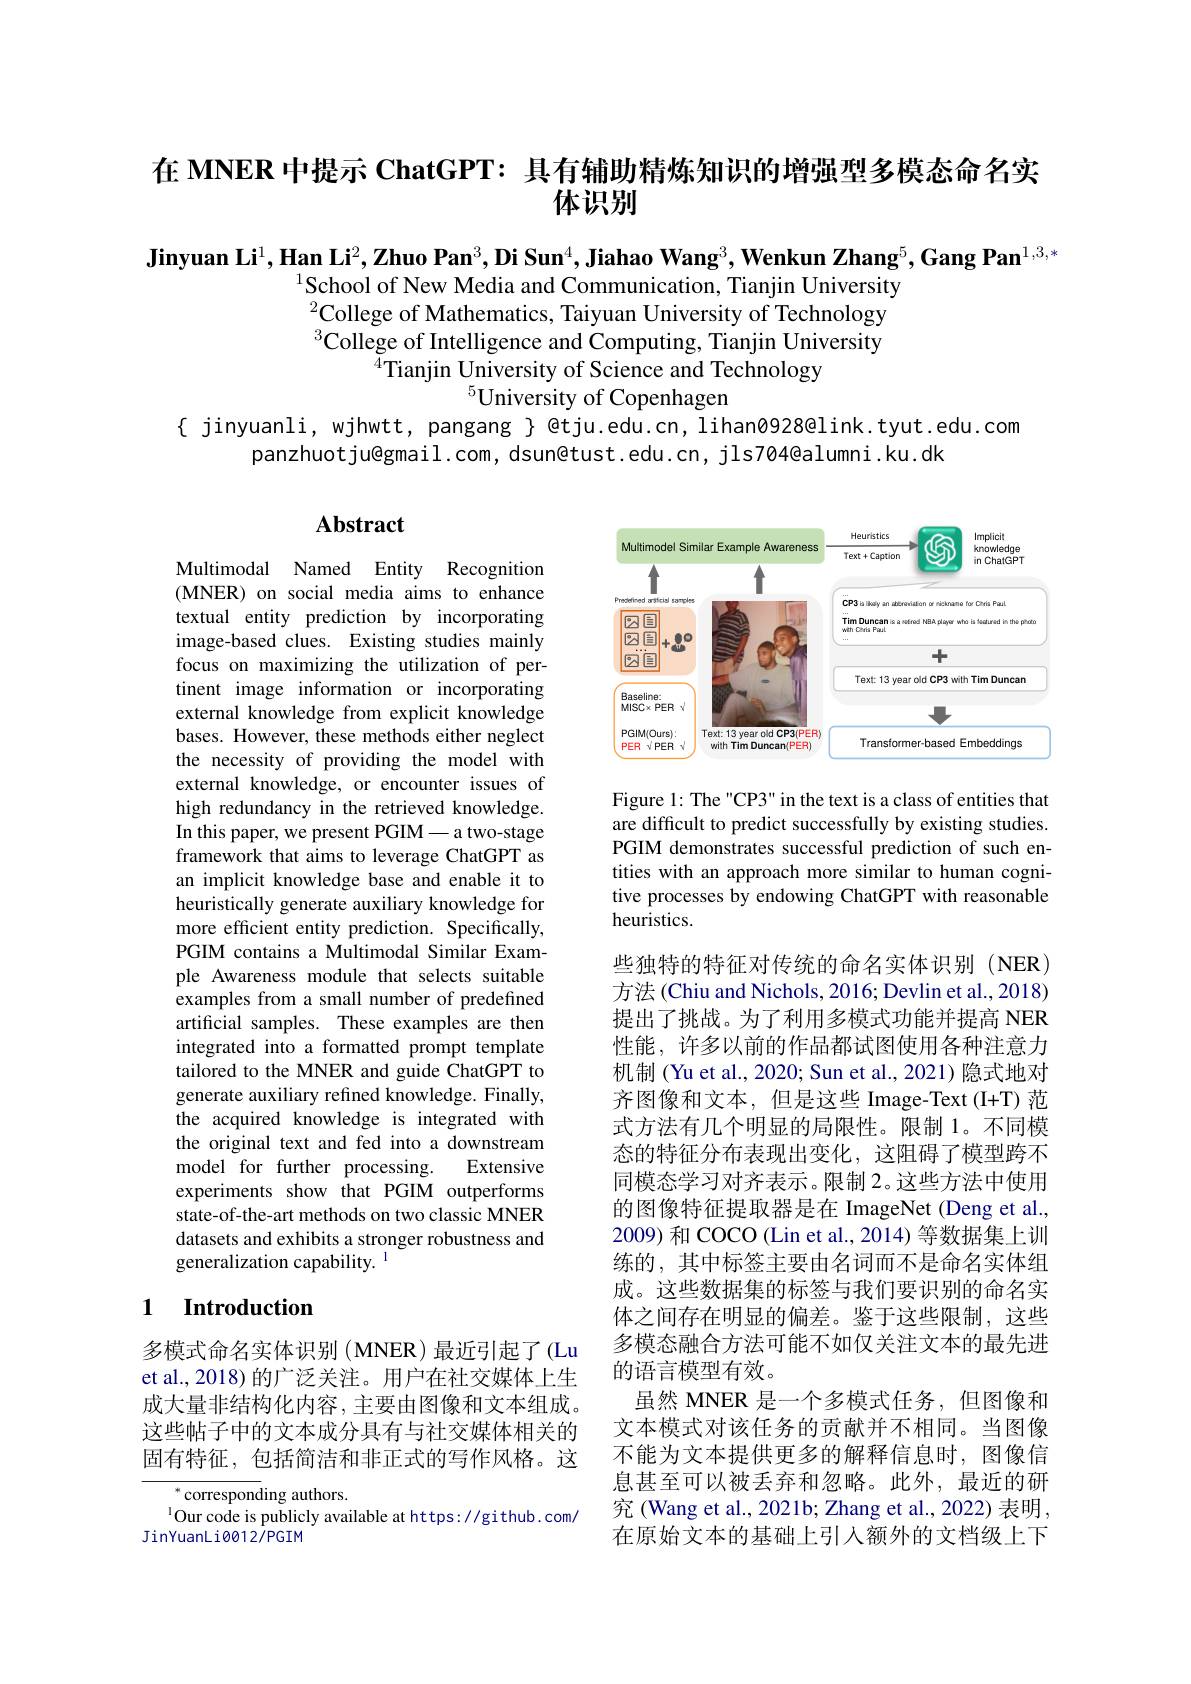
在 MNER 中提示 ChatGPT: 具有辅助精炼知识的增强型多模态命名实
体识别

Jinyuan Li$^1,\textbf{Han Li}^2,\textbf{Zhuo Pan}^3,\textbf{Di Sun}^4,\textbf{Jiahao Wang}^3,\textbf{Wenkun Zhang}^5,\textbf{Gang Pan}^{1,3,*}$
$^{1}$School of New Media and Communication, Tianjin University $^{2}$College of Mathematics, Taiyuan University of Technology $^{3}$College of Intelligence and Computing, Tianjin University
$^{4}$Tianjin University of Science and Technology
$^{5}$University of Copenhagen

{ jinyuanli, wjhwtt, pangang }@tju.edu.cn, lihanø928@link.tyut.edu.com
panzhuotju@gmail.com, dsun@tust.edu.cn, jls704@alumni.ku.dk

## Abstract

Multimodal Named Entity Recognition (MNER) on social media aims to enhance textual entity prediction by incorporating image-based clues. Existing studies mainly focus on maximizing the utilization of pertinent image information or incorporating external knowledge from explicit knowledge bases. However, these methods either neglect the necessity of providing the model with external knowledge, or encounter issues of high redundancy in the retrieved knowledge. In this paper, we present PGIM- a two-stage framework that aims to leverage ChatGPT as an implicit knowledge base and enable it to heuristically generate auxiliary knowledge for more efficient entity prediction. Specifically, PGIM contains a Multimodal Similar Example Awareness module that selects suitable examples from a small number of predefined artificial samples. These examples are then integrated into a formatted prompt template tailored to the MNER and guide ChatGPT to generate auxiliary refined knowledge. Finally, the acquired knowledge is integrated with the original text and fed into a downstream model for further processing.
Extensive
experiments show that PGIM outperforms state-of-the-art methods on two classic MNER datasets and exhibits a stronger robustness and generalization capability. $^{1}$

## 1 Introduction

多模式命名实体识别 (MNER)最近引起了(Lu et al., 2018) 的广泛关注。用户在社交媒体上生成大量非结构化内容，主要由图像和文本组成。这些帖子中的文本成分具有与社交媒体相关的固有特征，包括简洁和非正式的写作风格。这

$^{*}$corresponding authors.
$^{1}$Our code is publicly available at https://github.com/
JinYuanLi0012/PGIM

<FigureHere>

Figure 1: The "CP3" in the text is a class of entities that are difficult to predict successfully by existing studies. PGIM demonstrates successful prediction of such entities with an approach more similar to human cognitive processes by endowing ChatGPT with reasonable heuristics.

些独特的特征对传统的命名实体识别(NER) 方法 (Chiu and Nichols, 2016; Devlin et al., 2018) 提出了挑战。为了利用多模式功能并提高 NER 性能，许多以前的作品都试图使用各种注意力机制 (Yu et al., 2020; Sun et al., 2021) 隐式地对齐图像和文本，但是这些 Image-Text(I+T)范式方法有几个明显的局限性。限制 1。不同模态的特征分布表现出变化，这阻碍了模型跨不同模态学习对齐表示。限制 2。这些方法中使用的图像特征提取器是在 ImageNet (Deng et al., 2009) 和 COCO (Lin et al., 2014) 等数据集上训练的，其中标签主要由名词而不是命名实体组成。这些数据集的标签与我们要识别的命名实体之间存在明显的偏差。鉴于这些限制，这些多模态融合方法可能不如仅关注文本的最先进的语言模型有效。
虽然 MNER 是一个多模式任务，但图像和文本模式对该任务的贡献并不相同。当图像不能为文本提供更多的解释信息时，图像信息甚至可以被丢弃和忽略。此外，最近的研究 (Wang et al., 2021b; Zhang et al., 2022) 表明， 在原始文本的基础上引入额外的文档级上下